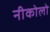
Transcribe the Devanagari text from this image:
नीकोलो